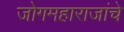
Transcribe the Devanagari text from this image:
जोगमहाराजांचे